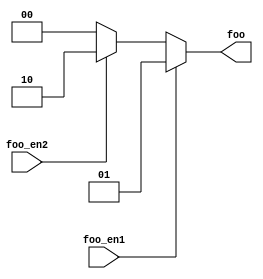

module test
  (output reg [1:0] foo,
   input wire foo_en1, foo_en2
   /* */);

   always @* begin
      foo = 0;
      case (1'b1)
	foo_en1 : foo = 1;
	foo_en2 : foo = 2;
      endcase
   end
endmodule // test

module main;
   wire [1:0] foo;
   reg	      foo_en1, foo_en2;

   test dut (.foo(foo), .foo_en1(foo_en1), .foo_en2(foo_en2));

   task fail;
      begin
	 $display("FAILED -- foo=%b, foo_en1=%b, foo_en2=%b",
		  foo, foo_en1, foo_en2);
	 $finish;
      end
   endtask // fail

   initial begin
      foo_en1 = 0;
      foo_en2 = 0;

      #1 if (foo !== 2'd0)
	fail;

      foo_en2 = 1;
      #1 if (foo !== 2'd2)
	fail;

      foo_en1 = 1;
      #1 if (foo !== 2'd1)
	fail;

      foo_en2 = 0;
      #1 if (foo !== 2'd1)
	fail;

      $display("PASSED");
   end // initial begin

endmodule // main